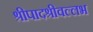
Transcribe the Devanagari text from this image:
श्रीपादश्रीवल्लभ